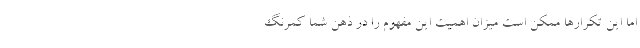
اما این تکرارها ممکن است میزان اهمیت این مفهوم را در ذهن شما کمرنگ